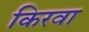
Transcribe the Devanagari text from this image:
किरवा